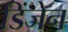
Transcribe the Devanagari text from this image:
डिंजेन